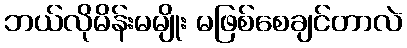
ဘယ်လိုမိန်းမမျိုး မဖြစ်စေချင်တာလဲ